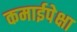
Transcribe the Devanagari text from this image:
कमाईपेक्षा